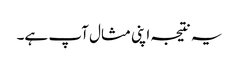
یہ نتیجہ اپنی مثال آپ ہے۔